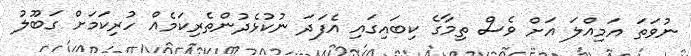
ނުވަތަ އަމިއްލަ އަށް ވެސް ތިމާގެ ކިބައިގައި އެފަދަ ނުކުޅެދުންތެރިކަމެއް ހުރިކަމަށް ގަބޫލު